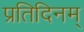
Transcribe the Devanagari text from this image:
प्रतिदिनम्‌